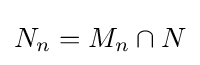
N_{n}=M_{n}\cap N